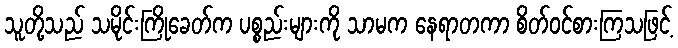
သူတို့သည် သမိုင်းကြိုခေတ်က ပစ္စည်းများကို သာမက နေရာတကာ စိတ်ဝင်စားကြသဖြင့်